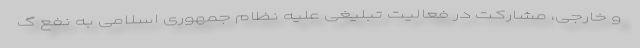
و خارجی، مشارکت در فعالیت تبلیغی علیه نظام جمهوری اسلامی به نفع گ